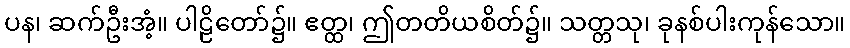
ပန၊ ဆက်ဦးအံ့။ ပါဠိတော်၌။ ဧတ္ထ၊ ဤတတိယစိတ်၌။ သတ္တသု၊ ခုနစ်ပါးကုန်သော။